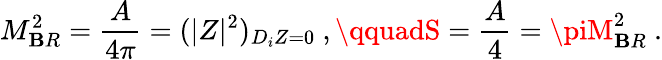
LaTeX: M_{\mathbf{B}R}^{2}={\frac{{A}}{{4\pi}}}=(|Z|^{2})_{D_{i}Z=0}\ ,\qquadS={\frac{{A}}{{4}}}=\piM_{\mathbf{B}R}^{2}\ .